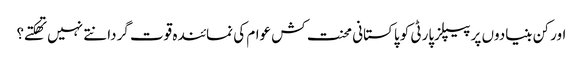
اور کن بنیادوں پر پیپلزپارٹی کو پاکستانی محنت کش عوام کی نمائندہ قوت گردانتے نہیں تهکتے؟